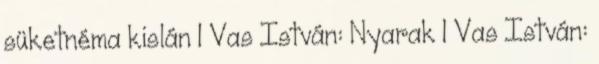
süketnéma kislán 1 Vas István: Nyarak 1 Vas István: